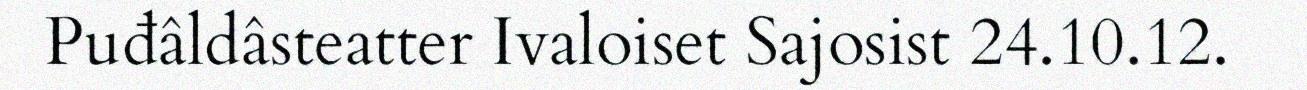
Puđâldâsteatter Ivaloiset Sajosist 24.10.12.